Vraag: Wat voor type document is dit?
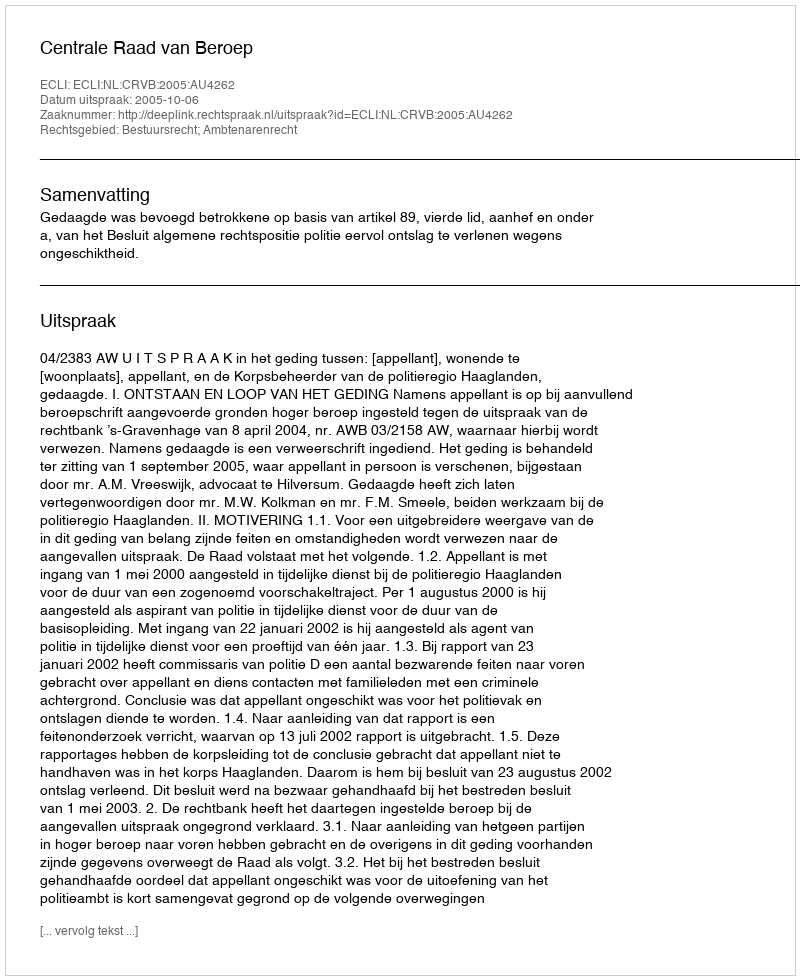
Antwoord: Uitspraak